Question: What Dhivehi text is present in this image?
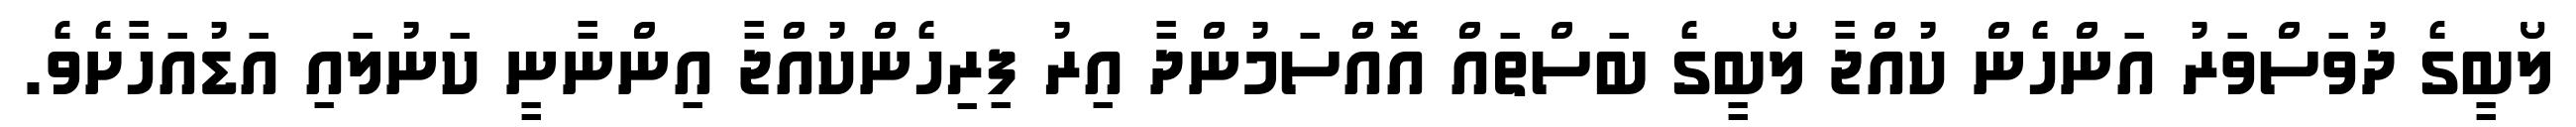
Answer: ލޯބީގެ ދުވަސްވަރު އަންހެން ކުއްޖާ ލޯބީގެ ބަސްތައް އޮއްސަމުންދާ އިރު ފިރިހެންކުއްޖާ އިންނާނީ ކަނުލައި އަޑުއަހާށެވެ.